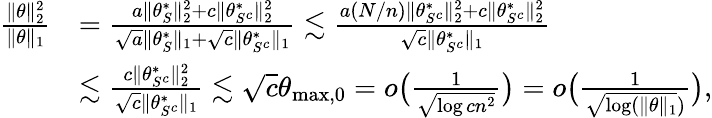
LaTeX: \begin{array}{rl}{\frac{\| \theta\| _{2}^{2}}{\| \theta\| _{1}}}&{=\frac{a\| \theta_{S}^{*}\| _{2}^{2}+c\| \theta_{S^{c}}^{*}\| _{2}^{2}}{\sqrt{a}\| \theta_{S}^{*}\| _{1}+\sqrt{c}\| \theta_{S^{c}}^{*}\| _{1}}\lesssim\frac{a(N/n)\| \theta_{S^{c}}^{*}\| _{2}^{2}+c\| \theta_{S^{c}}^{*}\| _{2}^{2}}{\sqrt{c}\| \theta_{S^{c}}^{*}\| _{1}}}\\ &{\lesssim\frac{c\| \theta_{S^{c}}^{*}\| _{2}^{2}}{\sqrt{c}\| \theta_{S^{c}}^{*}\| _{1}}\lesssim\sqrt{c}\theta_{\operatorname*{max},0}=o\big(\frac{1}{\sqrt{\log cn^{2}}}\big)=o\big(\frac{1}{\sqrt{\log(\| \theta\| _{1}})}\big),}\end{array}